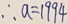
\therefore a = 1 9 9 4